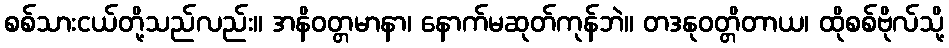
စစ်သားငယ်တို့သည်လည်း။ အနိဝတ္တမာနာ၊ နောက်မဆုတ်ကုန်ဘဲ။ တဒနုဝတ္တိတာယ၊ ထိုစစ်ဗိုလ်သို့